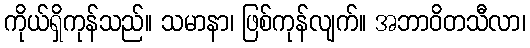
ကိုယ်ရှိကုန်သည်။ သမာနာ၊ ဖြစ်ကုန်လျက်။ အဘာဝိတသီလာ၊